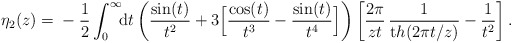
\begin{align*}\eta_{2}(z)=\mbox{}-\frac12\int_0^\infty\!\! {\mathrm{d}} t \left( \frac{\sin (t)}{t^2} + 3\Big[{\cos (t)\over t^3}-{\sin(t)\over t^4}\Big]\right)\left[ \frac{2 \pi}{ z t}\, \frac{1}{ {\mathrm th}( 2 \pi t/z )} - \frac{1}{t^2}\right]. \end{align*}